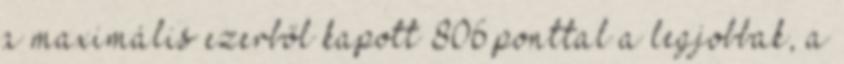
a maximális ezerből kapott 806 ponttal a legjobbak, a